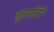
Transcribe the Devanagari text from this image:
नुररांटिंरे